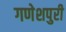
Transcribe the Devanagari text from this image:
गणेशपुरी